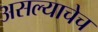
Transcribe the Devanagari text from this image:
असल्याचेच